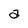
Character: a